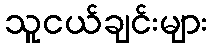
သူငယ်ချင်းများ